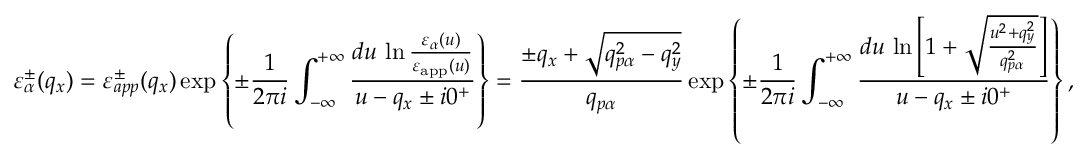
\varepsilon _ { \alpha } ^ { \pm } ( { { q } _ { x } } ) = \varepsilon _ { a p p } ^ { \pm } ( { { q } _ { x } } ) \exp \left\{ \pm \frac { 1 } { 2 \pi i } \int _ { - \infty } ^ { + \infty } { \frac { d u \, \ln \frac { { { \varepsilon } _ { \alpha } } ( u ) } { { { \varepsilon } _ { \mathrm { a p p } } } ( u ) } } { u - { { q } _ { x } } \pm i { { 0 } ^ { + } } } } \right\} = \frac { \pm { { q } _ { x } } + \sqrt { q _ { p \alpha } ^ { 2 } - q _ { y } ^ { 2 } } } { { { q } _ { p \alpha } } } \exp \left\{ \pm \frac { 1 } { 2 \pi i } \int _ { - \infty } ^ { + \infty } { \frac { d u \, \ln \left[ 1 + \sqrt { \frac { { { u } ^ { 2 } } + q _ { y } ^ { 2 } } { q _ { p \alpha } ^ { 2 } } } \right] } { u - { { q } _ { x } } \pm i { { 0 } ^ { + } } } } \right\} ,